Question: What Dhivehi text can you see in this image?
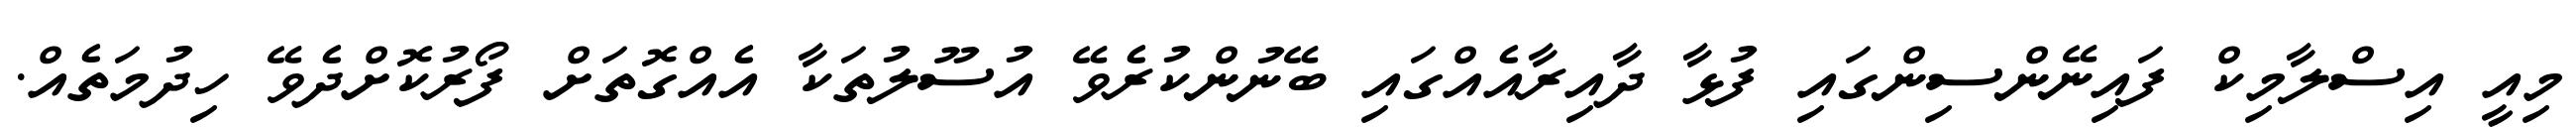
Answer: މިއީ އިސްލާމިކް ފައިނޭންސިންގައި ފުޅާ ދާއިރާއެއްގައި ބޭނުންކުރެވޭ އުސޫލުތަކާ އެއްގޮތަށް ފޯރުކޮށްދެވޭ ހިދުމަތެއް.